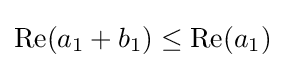
\mathrm {Re} (a_{1}+b_{1})\leq \mathrm {Re} (a_{1})